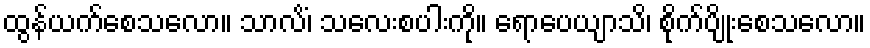
ထွန်ယက်စေသလော။ သာလိံ၊ သလေးစပါးကို။ ရောပေယျာသိ၊ စိုက်ပျိုးစေသလော။